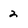
Character: 2